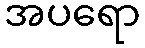
အပရော